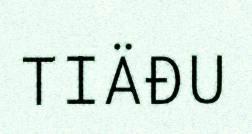
TIÄĐU